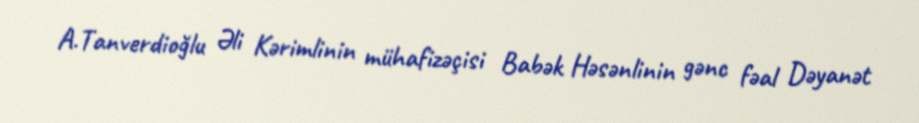
A.Tanverdioğlu Əli Kərimlinin mühafizəçisi Babək Həsənlinin gənc fəal Dəyanət